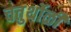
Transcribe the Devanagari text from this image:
चतुर्थोळी